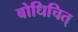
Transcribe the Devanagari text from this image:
बोधिचित्